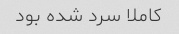
کاملا سرد شده بود